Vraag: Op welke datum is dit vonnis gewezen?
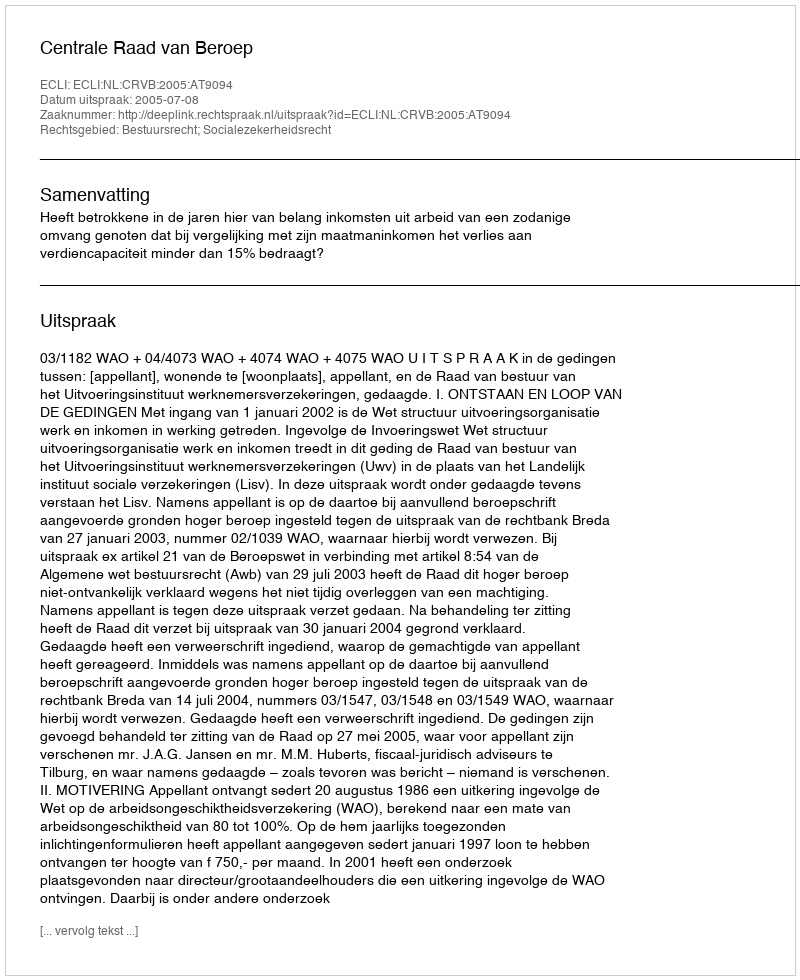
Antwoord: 2005-07-08